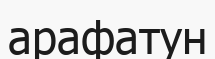
арафатун